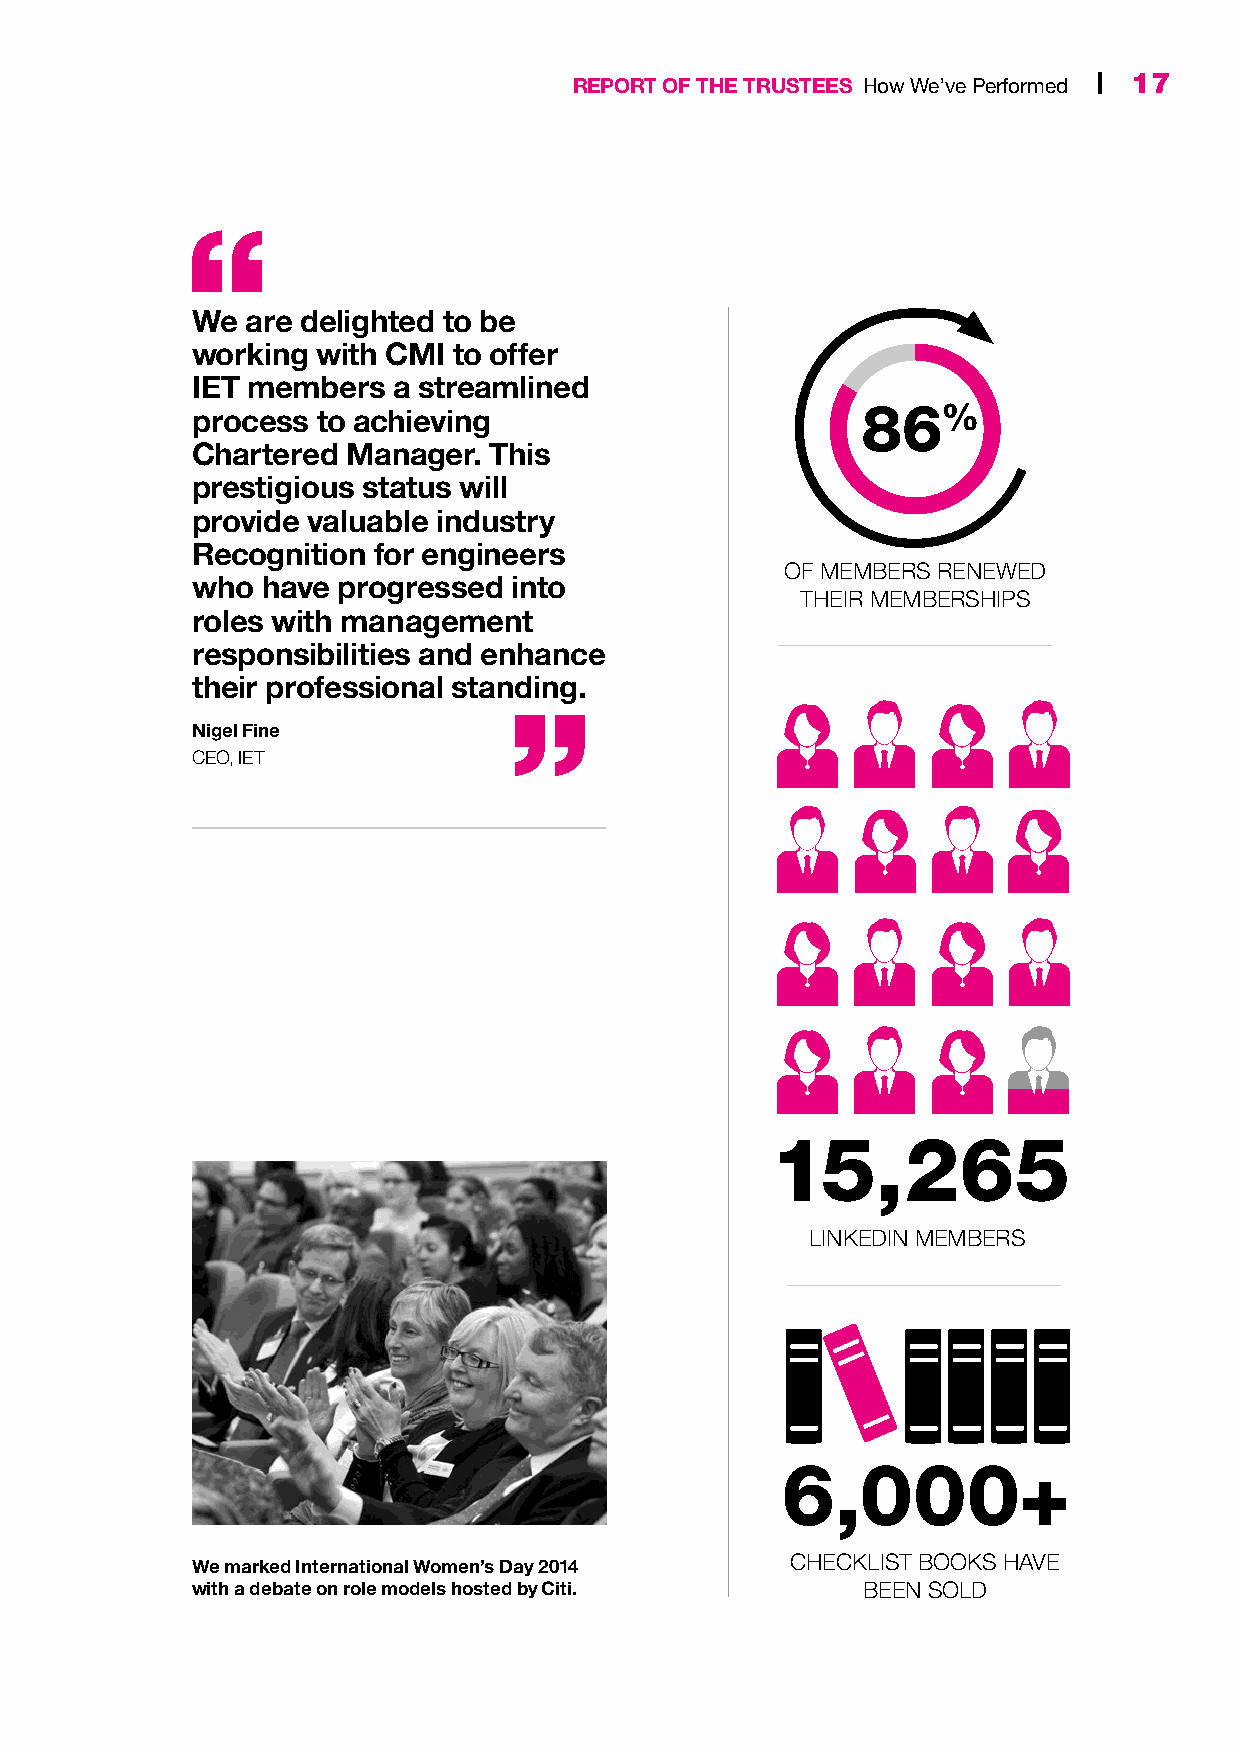
16 | CMI Annual Report & Accounts 2014 REPORT OF THE TRUSTEES How We’ve Performed | 17
 We are delighted to be
 working with CMI to offer
 IET members  a streamlined
 process to achieving                        86%
 Chartered Manager. This
 prestigious status will
 provide valuable industry
 Recognition for engineers
 OF MEMBERS RENEWED
 who have progressed  into
 THEIR MEMBERSHIPS
 roles with management
 responsibilities and enhance
 their professional standing.
 Nigel Fine
 CEO, IET
 15,265
 LINKEDIN MEMBERS
 6,000+
 We marked International Women’s Day 2014 CHECKLIST BOOKS HAVE
 with a debate on role models hosted by Citi. BEEN SOLD